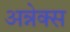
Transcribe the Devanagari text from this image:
अन्नेक्स